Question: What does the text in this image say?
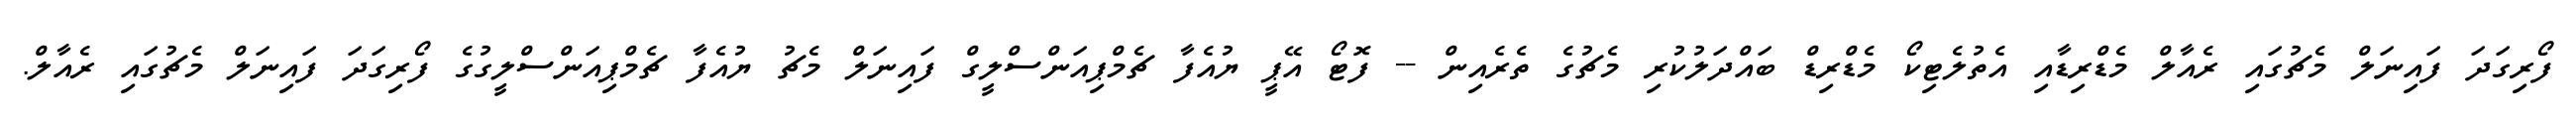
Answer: ފޯރިގަދަ ފައިނަލް މެޗުގައި ރެއާލް މެޑްރިޑާއި އެތުލެޓިކޯ މެޑްރިޑް ބައްދަލުކުރި މެޗުގެ ތެރެއިން -- ފޮޓޯ އޭޕީ ޔުއެފާ ޗެމްޕިއަންސްލީގް ފައިނަލް މެޗު ޔުއެފާ ޗެމްޕިއަންސްލީގުގެ ފޯރިގަދަ ފައިނަލް މެޗުގައި ރެއާލް.